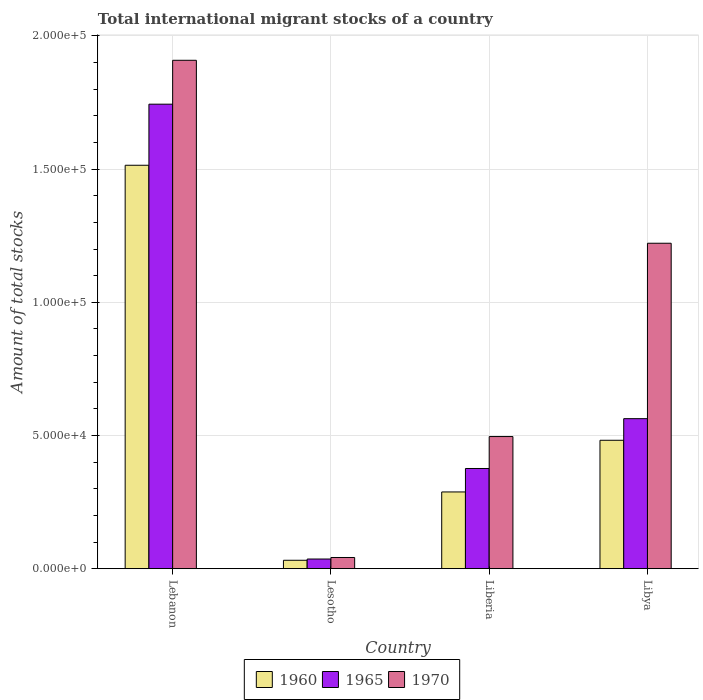
| Country | 1960 | 1965 | 1970 |
 | --- | --- | --- | --- |
 | Lebanon | 1.51e+05 | 1.74e+05 | 1.91e+05 |
 | Lesotho | 3.16e+03 | 3.63e+03 | 4.20e+03 |
 | Liberia | 2.88e+04 | 3.76e+04 | 4.96e+04 |
 | Libya | 4.82e+04 | 5.63e+04 | 1.22e+05 |